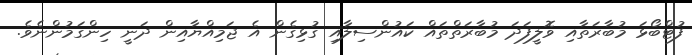
ފުޓްބޯޅަ މުބާރަތާއި ވޮލީފަދަ މުބާރަތްތައް ކައުންސިލާއި ގުޅިގެން އެ ޖަމިއްޔާއިން ދަނީ ހިންގަމުންނެވެ.